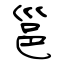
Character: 邕